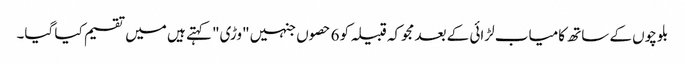
بلوچوں کے ساتھ کامیاب لڑائی کے بعد مجوکہ قبیلہ کو 6 حصوں جنہیں "وڑی" کہتے ہیں میں تقسیم کیا گیا۔